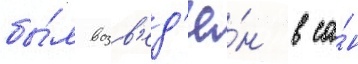
бы́л возв'ед'ё́н в са́н